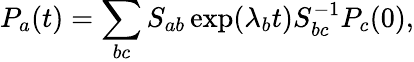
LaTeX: P_{a}(t)=\sum_{bc}S_{ab}\exp(\lambda_{b}t)S_{bc}^{-1}P_{c}(0),